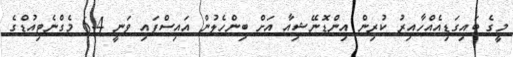
މީގެ ބައިގަޑިއެއްހާއިރު ކުރިން އިންޑޮނޭޝިއާ އަށް ބިންހެލުން އައިސްފައި ވަނީ 6.4 މެގްނެޓިއުޑްގެ